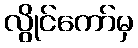
လွိုင်ကော်မှ